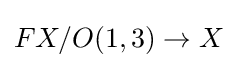
FX/O(1,3)\to X